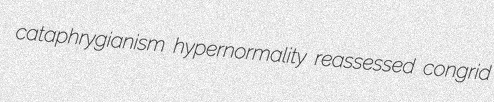
cataphrygianism hypernormality reassessed congrid